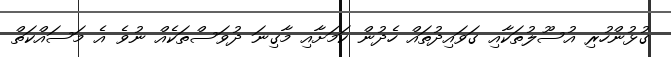
ގުޅުންހުރި އުސޫލުތަކާއި ގަވައިދުތައް ހެދުން ކަމަށާއި މާގިނަ ދުވަސްތަކެއް ނުވެ އެ މަސައްކަތް